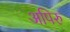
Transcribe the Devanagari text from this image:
अपिरु